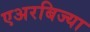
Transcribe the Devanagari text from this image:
एअरबिज्या